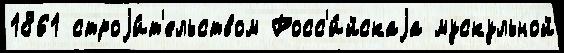
1861 строjи́т'ельством Росс'и́йскаjа мускульной